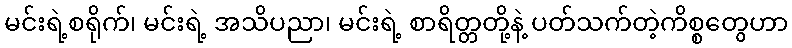
မင်းရဲ့စရိုက်၊ မင်းရဲ့ အသိပညာ၊ မင်းရဲ့ စာရိတ္တတို့နဲ့ ပတ်သက်တဲ့ကိစ္စတွေဟာ